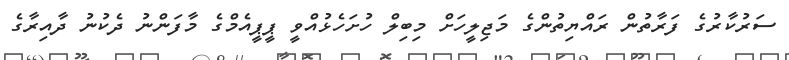
ސަރުކާރުގެ ފަރާތުން ރައްޔިތުންގެ މަޖިލީހަށް މިބިލް ހުށަހެޅުއްވީ ޕީޕީއެމްގެ މާފަންނު ދެކުނު ދާއިރާގެ